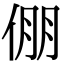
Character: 倗